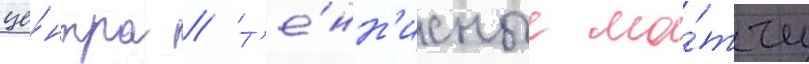
це́нтра // Т'е́нн'исные ма́тчи